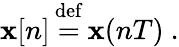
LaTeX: \mathbf{x}[n]{\stackrel{\mathrm{{def}}}{{}={}}}\mathbf{x}(nT)~.